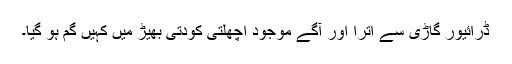
ڈرائیور گاڑی سے اترا اور آگے موجود اچھلتی کودتی بھیڑ میں کہیں گم ہو گیا۔